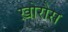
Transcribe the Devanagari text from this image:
ख़ोरौस